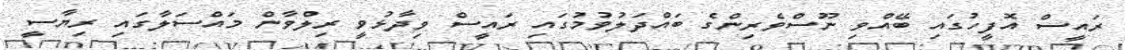
ރައީސް އޮފީހުގައި ބޭއްވި ނޫސްވެރިންގެ ބައްދަލުވުމުގައި ރައީސް ވިދާޅުވީ ރިލްވާން މައްސަލާގައި ރިޔާސީ